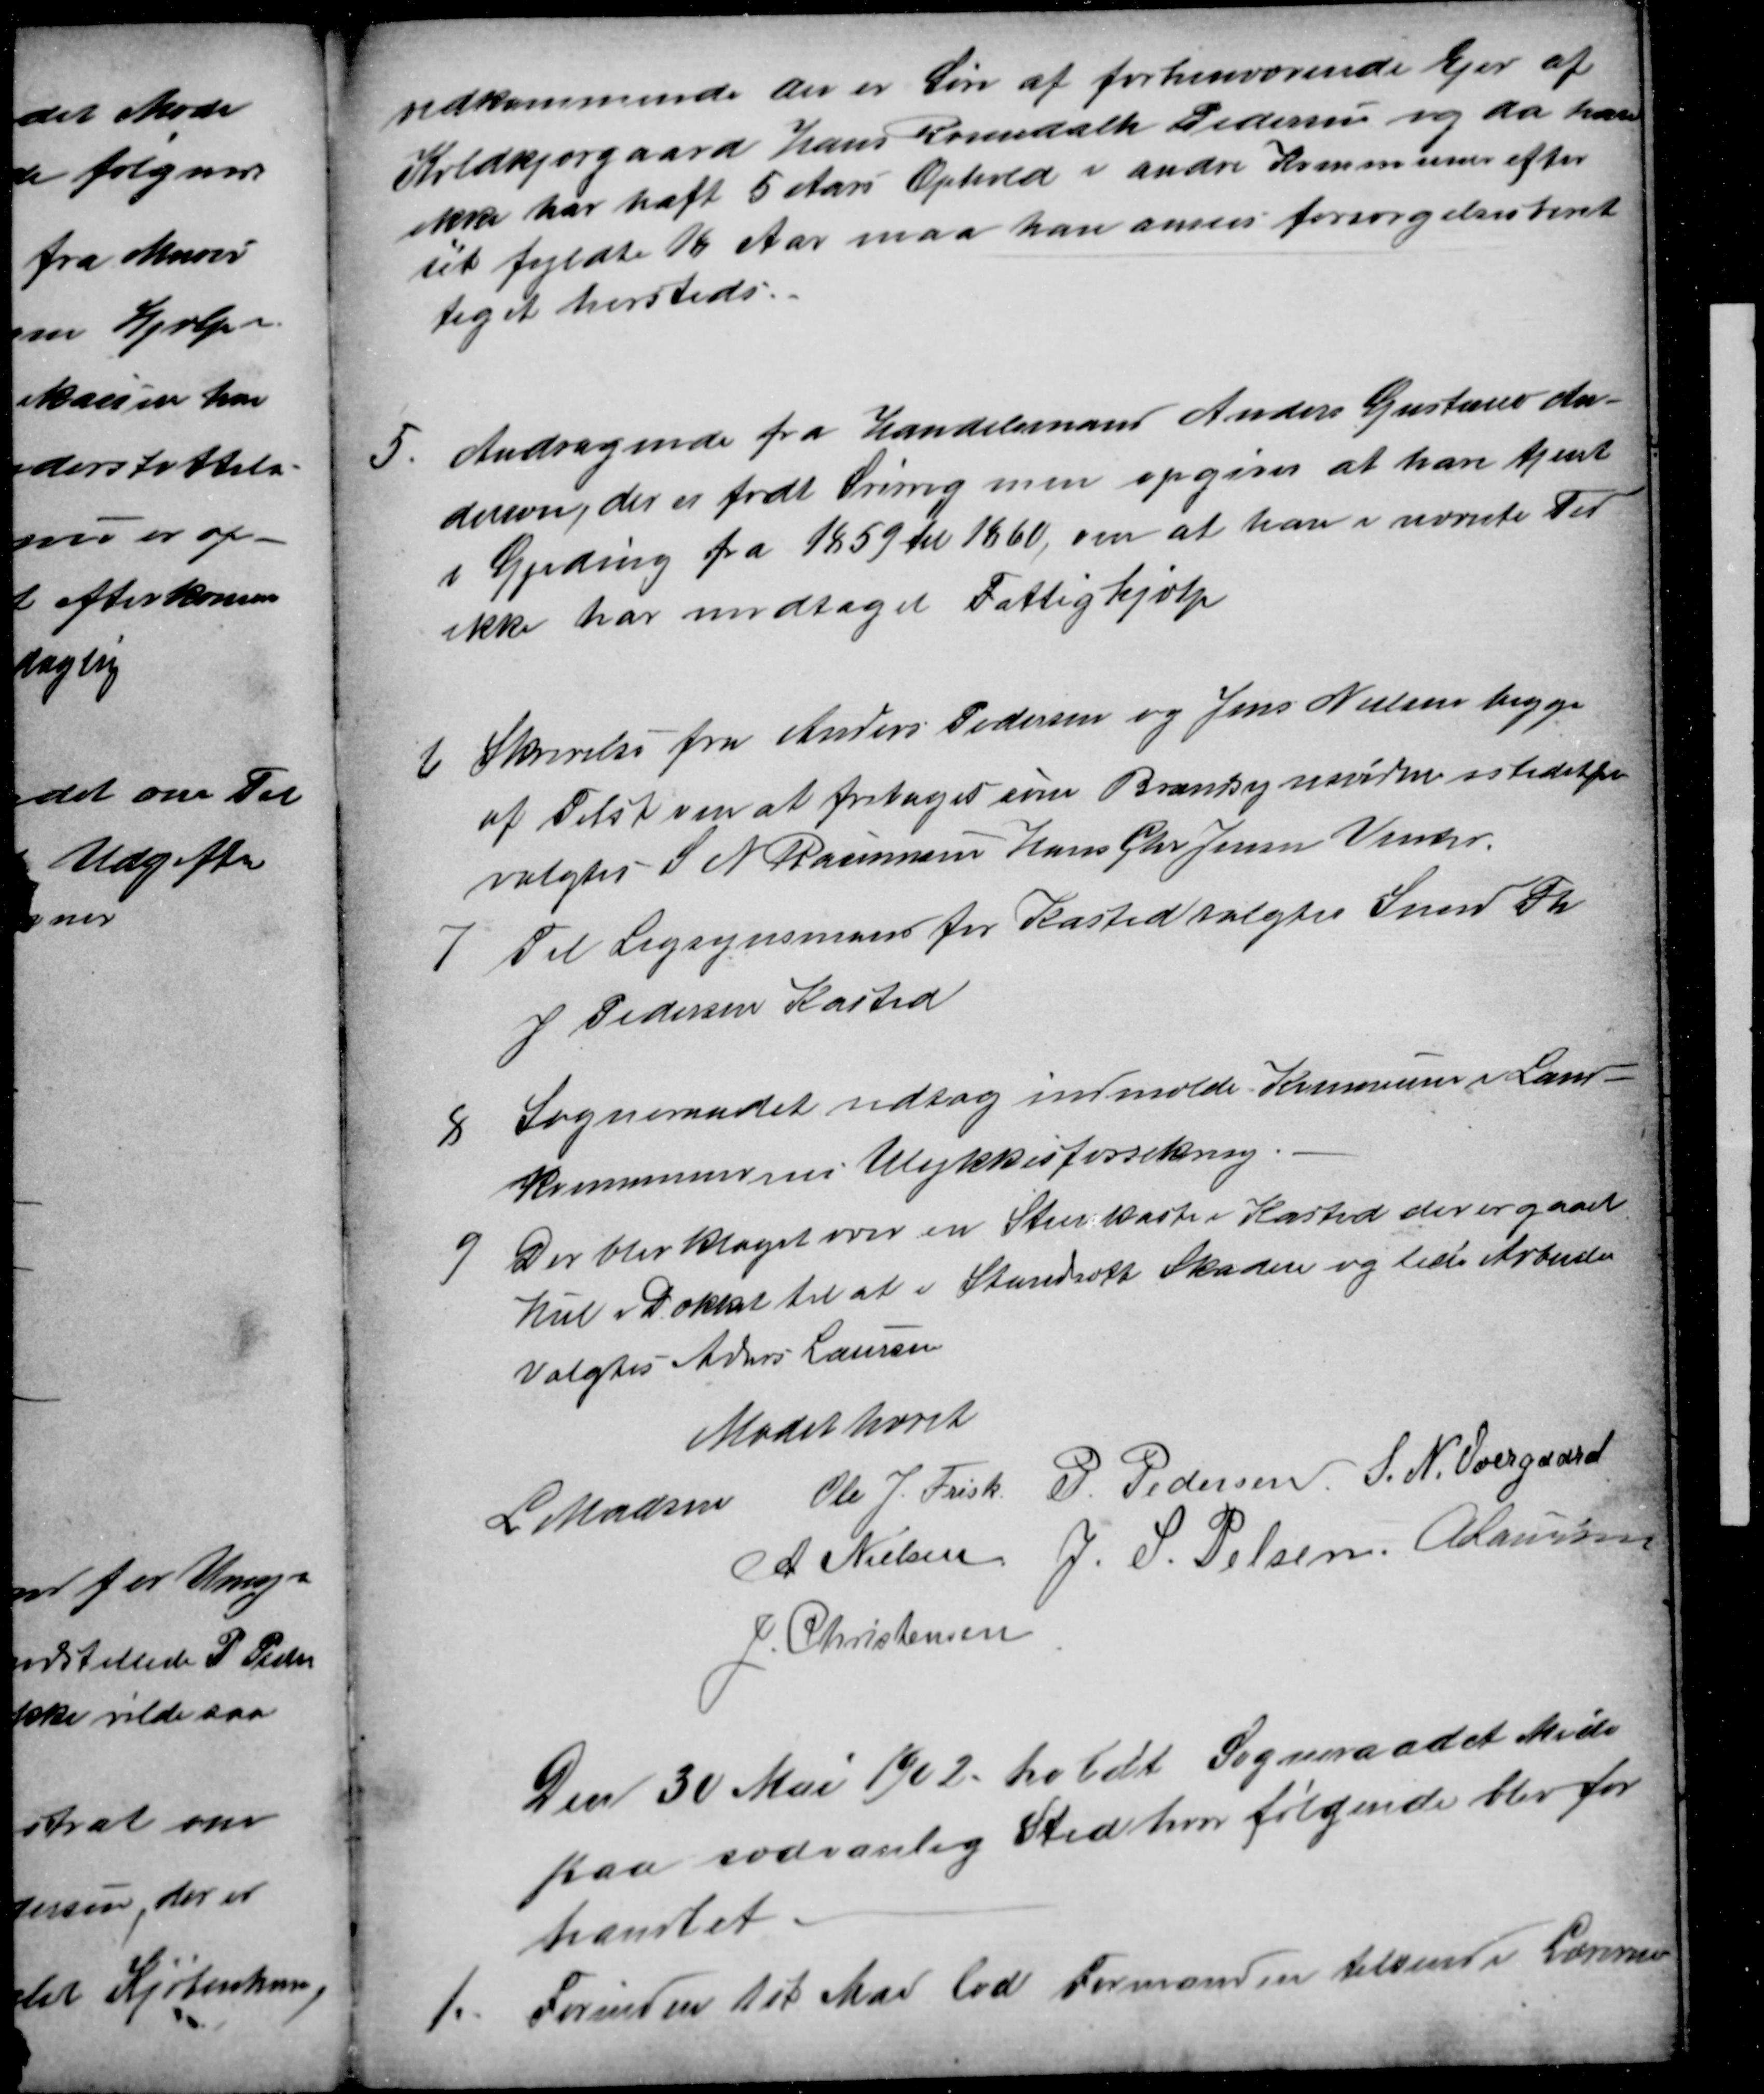
Transskription:
vedkommende der er Søn af forhenværende Ejer af
Koldkjærgaard Hans Rosendalh Pedersen og da han
ikke har haft 5 Aars Ophold i andre Kommuner efter
sit fyldte 18 Aar maa han anses forsørgelsesberet
tiget hersteds.
5.
Andragende fra Handelsmand Anders Gustavo An-
derson, der er født Sverrig men opgiver at han tjente
i Gjeding fra 1859 til 1860, om at han i nævnte Tid
ikke har modtaget Fattighjælp
6
Skrivelse fra Anders Pedersen og Jens Nielsen begge
af Tilst om at fritages som Brandsynsvidner istedetfor
valgtes S N Rasmussen Hans Chr Jensen Vinter.
7
Til Ligsynsmand for Kasted valgtes Smed Th
J Pedersen Kasted
8
Sogneraadet vedtog indmælde Kommunen i Land-
Kommunernes Ulykkesforsikring.
9
Der blev klaget over en Stenkiste i Kasted der er gaaet
hul i Dækket til at i Standsætte Skaden og lede Arbeidet
Valgtes Anders Laursen
Mødet hævet
L Madsen Ole J. Frisk P. Pedersen S. N. Overgaard
A Nielsen J. S. Pelsen A Laursen
J. Christensen
Den 30 Mai 1902 holdt Sogneraadet Møde
paa sædvanlig Sted hvor følgende blev for
handlet
1.
Forinden 1st Mai lod Formanden tilsende Lærerne